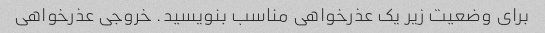
برای وضعیت زیر یک عذرخواهی مناسب بنویسید. خروجی عذرخواهی